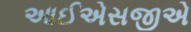
આઈએસજીએ